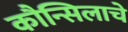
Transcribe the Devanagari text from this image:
कौन्सिलाचे